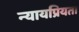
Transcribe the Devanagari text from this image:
न्‍यायप्रियता